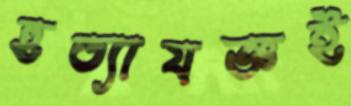
হত্যাযজ্ঞই